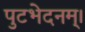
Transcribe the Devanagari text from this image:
पुटभेदनम्।